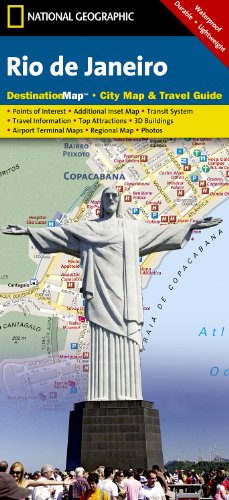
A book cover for Rio de Janeiro (National Geographic Destination City Map); National Geographic Maps; Travel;